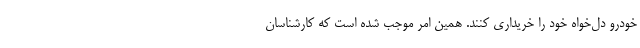
خودرو دل‌خواه خود را خریداری کنند. همین امر موجب شده است که کارشناسان